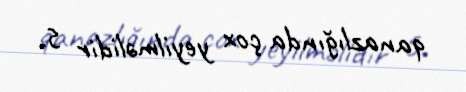
qanazlığında çox yeyilməlidir 5.